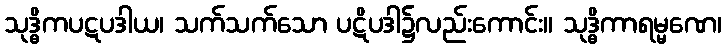
သုဒ္ဓိကပဋပဒါယ၊ သက်သက်သော ပဋိပဒါ၌လည်းကောင်း။ သုဒ္ဓိကာရမ္မဏေ၊